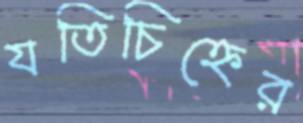
যতিচিহ্নের